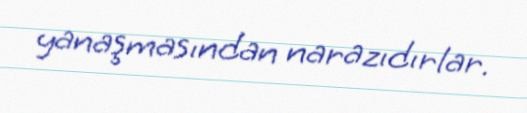
yanaşmasından narazıdırlar.